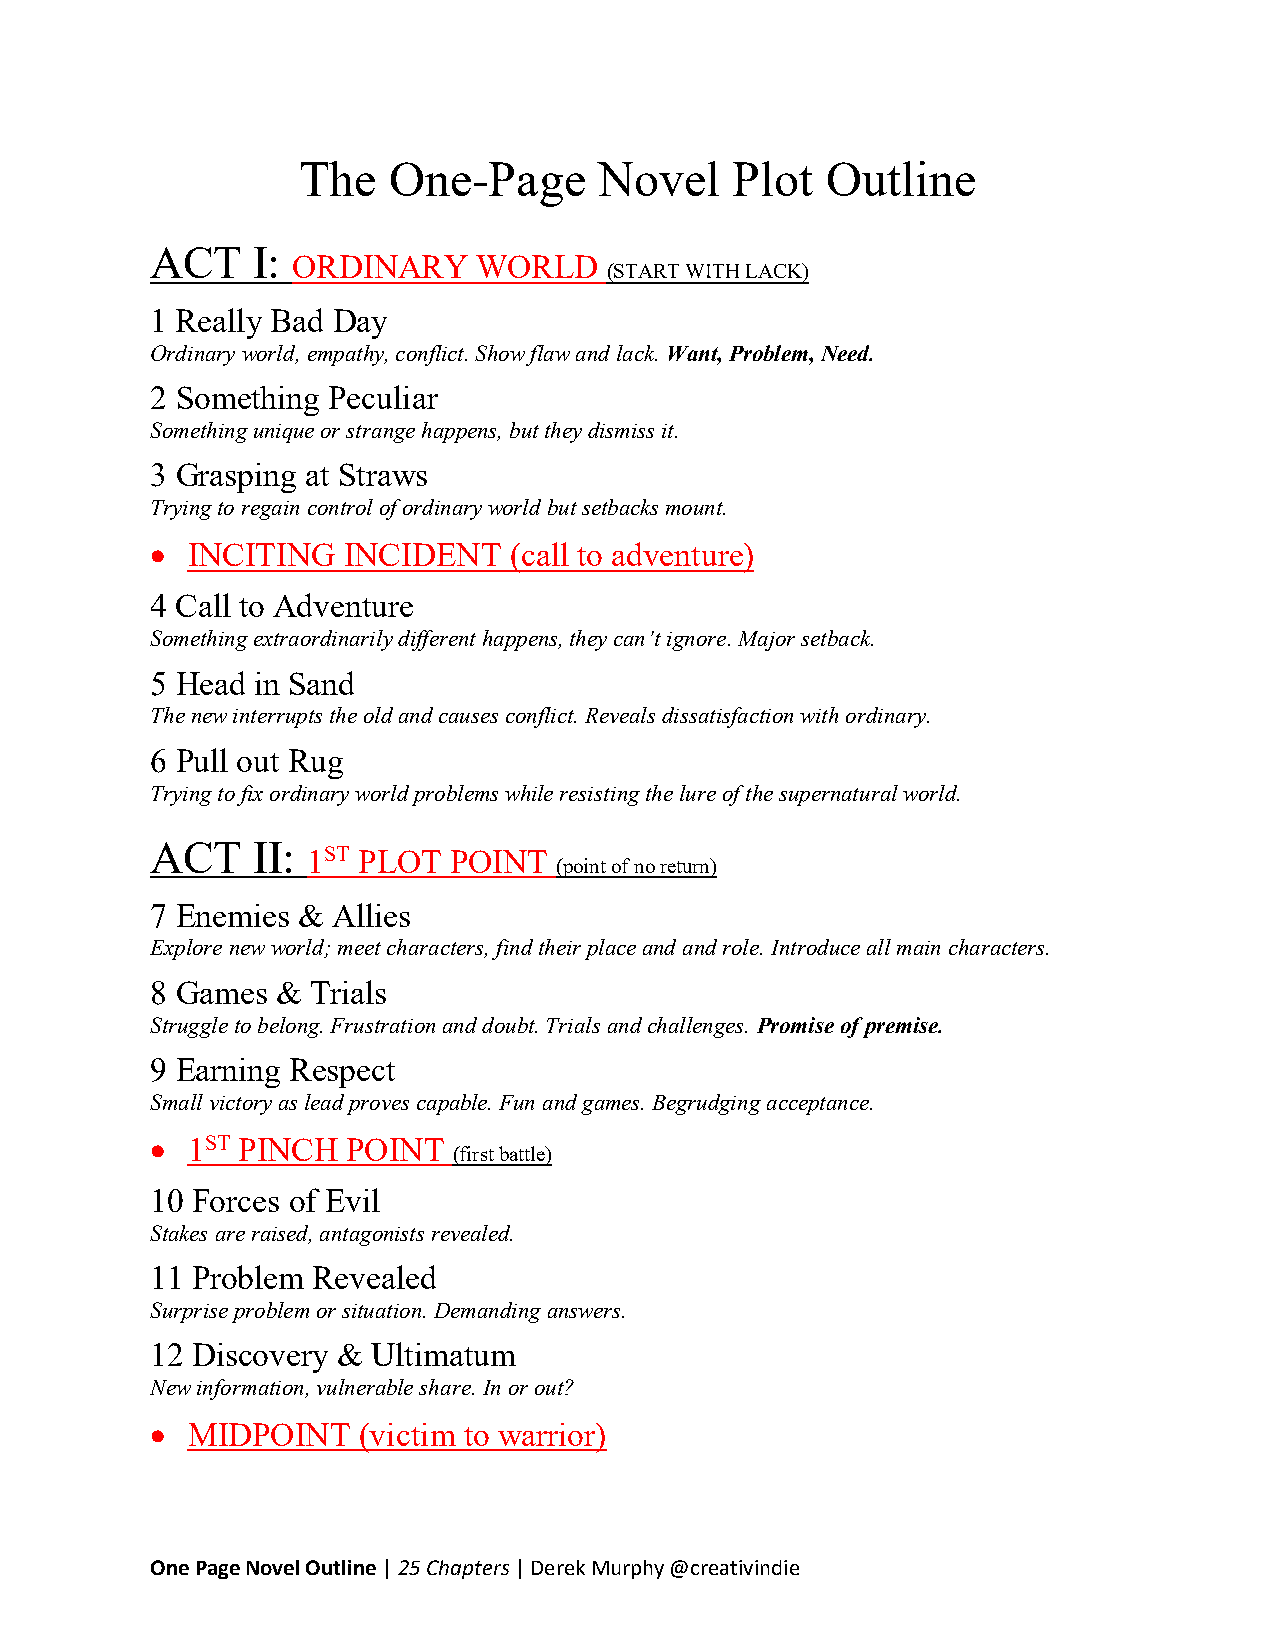
The   One-Page      Novel   Plot   Outline
 ACT    I:
 ORDINARY     WORLD
 (START WITH LACK)
 1 Really Bad Day
 Ordinary world, empathy, conflict. Show flaw and lack. Want, Problem, Need.
 2 Something Peculiar
 Something unique or strange happens, but they dismiss it.
 3 Grasping at Straws
 Trying to regain control of ordinary world but setbacks mount.
  INCITING   INCIDENT   (call to adventure)
 4 Call to Adventure
 Something extraordinarily different happens, they can’t ignore. Major setback.
 5 Head in Sand
 The new interrupts the old and causes conflict. Reveals dissatisfaction with ordinary.
 6 Pull out Rug
 Trying to fix ordinary world problems while resisting the lure of the supernatural world.
 ACT    II:
 1ST PLOT  POINT
 (point of no return)
 7 Enemies & Allies
 Explore new world; meet characters, find their place and and role. Introduce all main characters.
 8 Games &  Trials
 Struggle to belong. Frustration and doubt. Trials and challenges. Promise of premise.
 9 Earning Respect
 Small victory as lead proves capable. Fun and games. Begrudging acceptance.
  1ST PINCH  POINT
 (first battle)
 10 Forces of Evil
 Stakes are raised, antagonists revealed.
 11 Problem Revealed
 Surprise problem or situation. Demanding answers.
 12 Discovery & Ultimatum
 New information, vulnerable share. In or out?
  MIDPOINT    (victim to warrior)
 One Page Novel Outline | 25 Chapters | Derek Murphy @creativindie